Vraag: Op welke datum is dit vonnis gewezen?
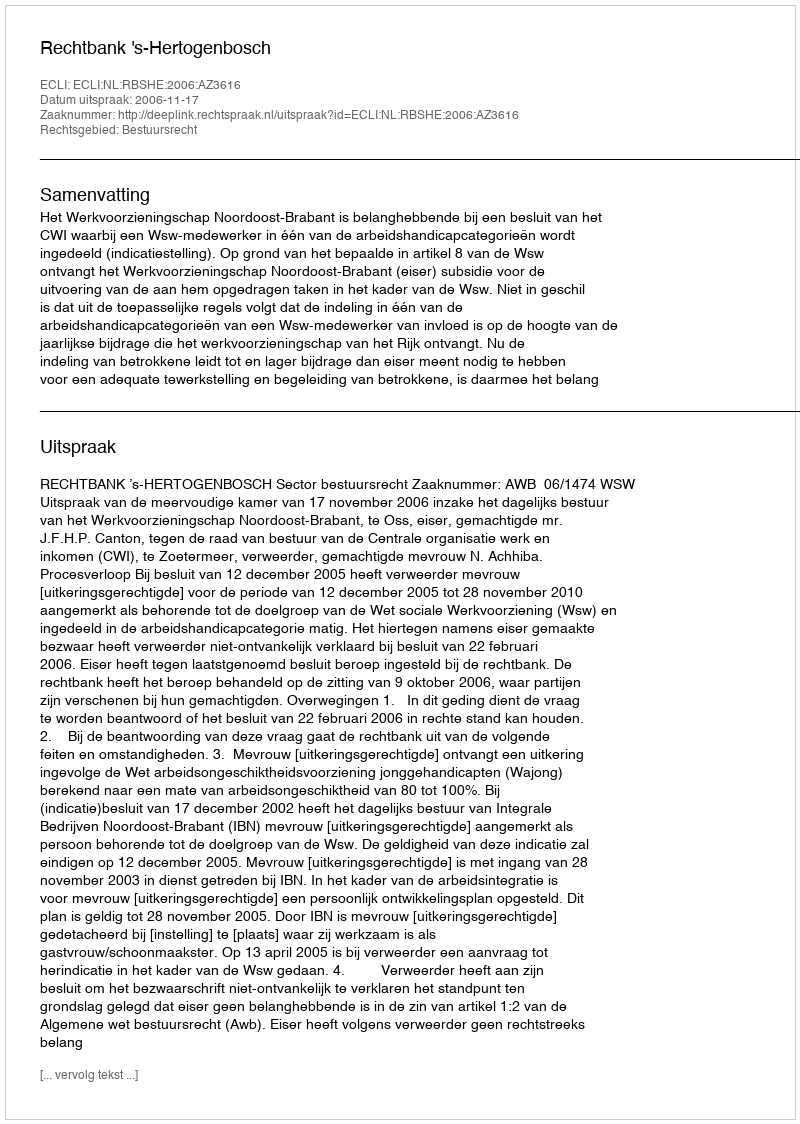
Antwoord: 2006-11-17